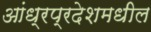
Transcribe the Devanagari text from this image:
आंध्रप्रदेशमधील